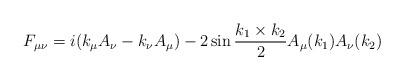
LaTeX: \begin{align*}F_{\mu \nu} = i (k_{\mu} A_{\nu} - k_{\nu} A_{\mu}) - 2 \sin \frac{k_1 \times k_2}{2} A_{\mu} (k_1) A_{\nu} (k_2)\end{align*}